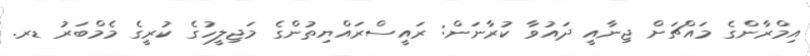
އިމްރާންގެ މައްޗަށް ޖިނާއީ ދައުވާ ކުރާނަން: ރައީސްރައްޔިތުންގެ މަޖިލީހުގެ ކުރީގެ މެމްބަރު ޑރ.